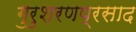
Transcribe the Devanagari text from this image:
गुरुशरणप्रसाद